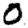
Digit: 0